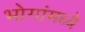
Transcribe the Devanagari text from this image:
भोगांमध्ये